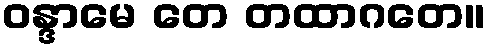
ဝန္ဒာမေ တေ တထာဂတေ။